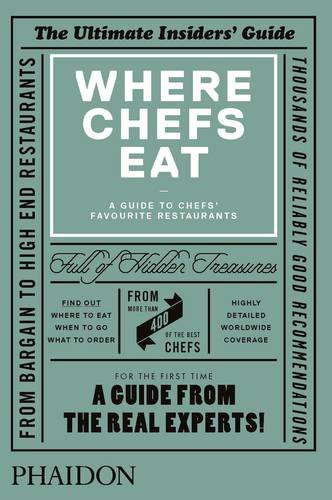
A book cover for Where Chefs Eat: A Guide to Chefs' Favourite Restaurants; Joe Warwick; Travel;